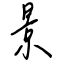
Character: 景